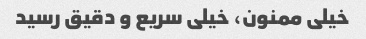
خیلی ممنون، خیلی سریع و دقیق رسید